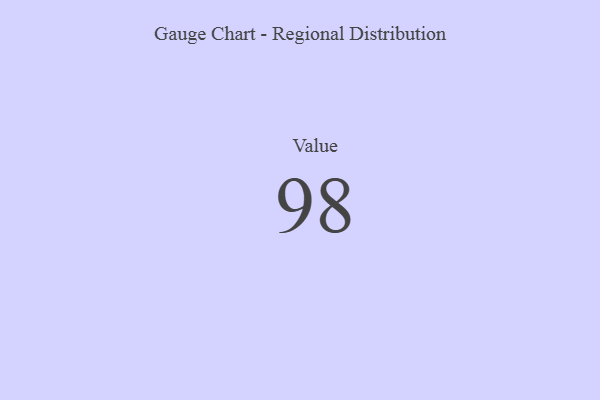
{"axis": {"x": "Metric", "y": "Value"}, "legend": [""], "data": [{"x": "Value", "y": 98, "type": ""}]}